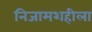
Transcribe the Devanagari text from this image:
निजामशहीला